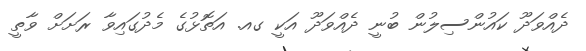
ދެއްވަދޫ ކައުންސިލުން ބުނީ ދެއްވަދޫ އަކީ ގއ. އަތޮޅުގެ މެދުގައިވާ ރަށަށް ވާތީ